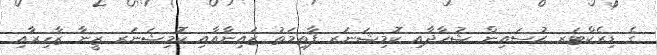
ގެ ޑިރެކްޓަރ ޙުސައިން ޝުހާދާއި ކޮމިޝަނަރ ފާޠިމަތު ޒައިނާއާއި ކޮމިޝަނަރ ޒީނާ ޒާހިރާއި